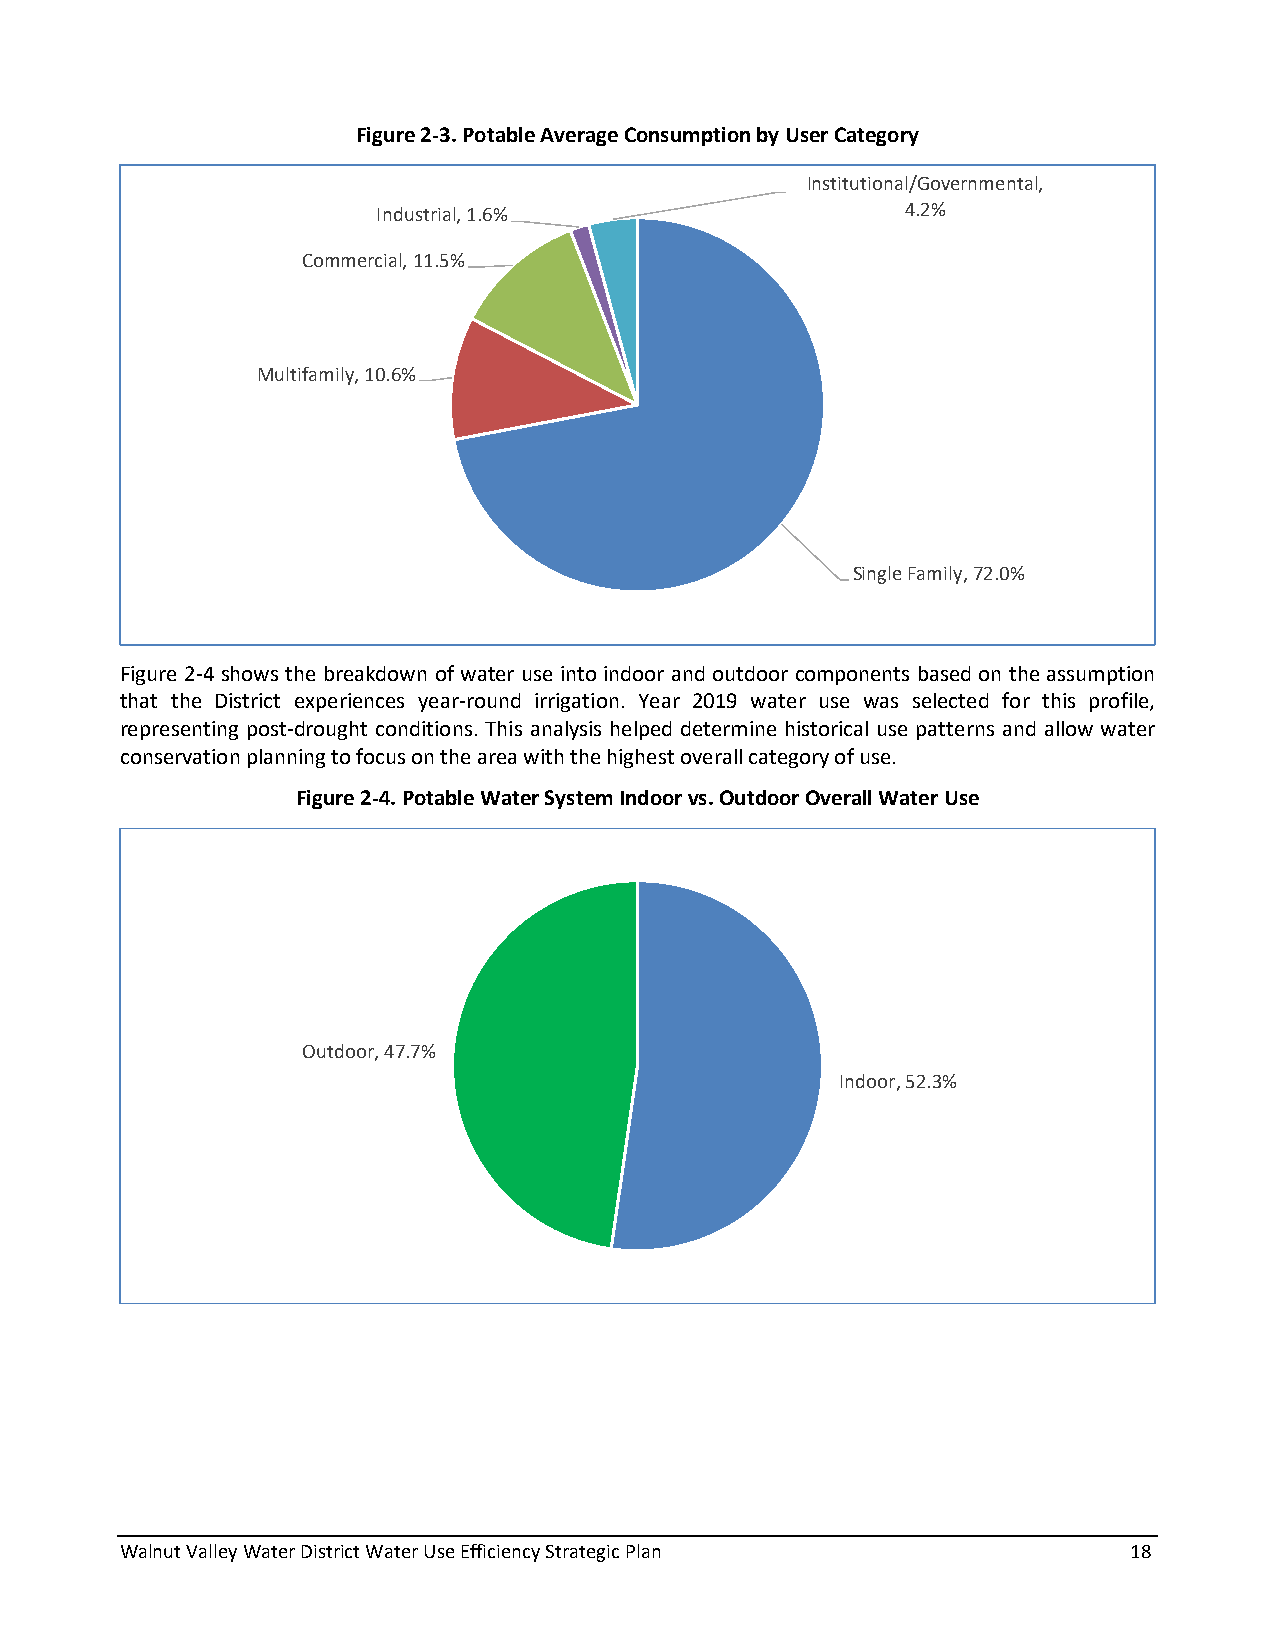
Figure 2-3. Potable Average Consumption by User Category
 Institutional/Governmental,
 Industrial, 1.6%                   4.2%
 Commercial, 11.5%
 Multifamily, 10.6%
 Single Family, 72.0%
 Figure 2-4 shows the breakdown of water use into indoor and outdoor components based on the assumption
 that the District experiences year-round irrigation. Year 2019 water use was selected for this profile,
 representing post-drought conditions. This analysis helped determine historical use patterns and allow water
 conservation planning to focus on the area with the highest overall category of use.
 Figure 2-4. Potable Water System Indoor vs. Outdoor Overall Water Use
 Outdoor, 47.7%
 Indoor, 52.3%
 Walnut Valley Water District Water Use Efficiency Strategic Plan   18